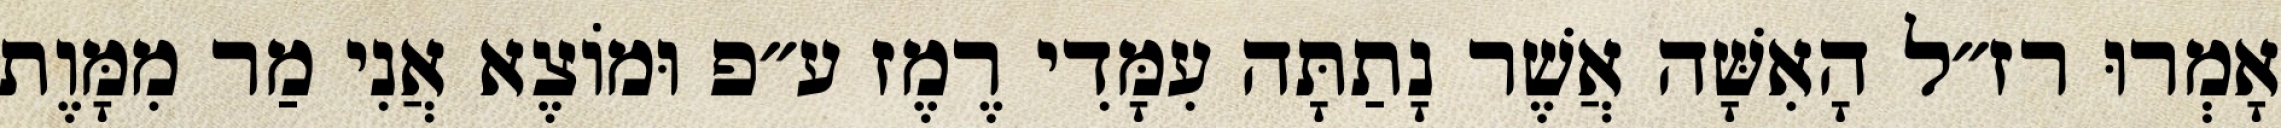
אָמְרוּ רז״ל הָאִשָּׁה אֲשֶׁר נָתַתָּה עִמָּדִי רֶמֶז ע״פ וּמוֹצֶא אֲנִי מַר מִמָּוֶת